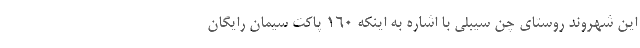
این شهروند روستای چن سیبلی با اشاره به اینکه ۱۶۰ پاکت سیمان رایگان